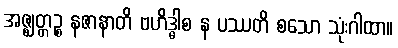
အဇ္ဈတ္တဉ္စ နဇာနာတိ ဗဟိဒ္ဓါစ န ပဿတိ စသော သုံးဂါထာ။